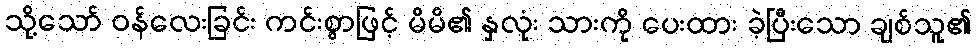
သို့သော် ဝန်လေးခြင်း ကင်းစွာဖြင့် မိမိ၏ နှလုံး သားကို ပေးထား ခဲ့ပြီးသော ချစ်သူ၏